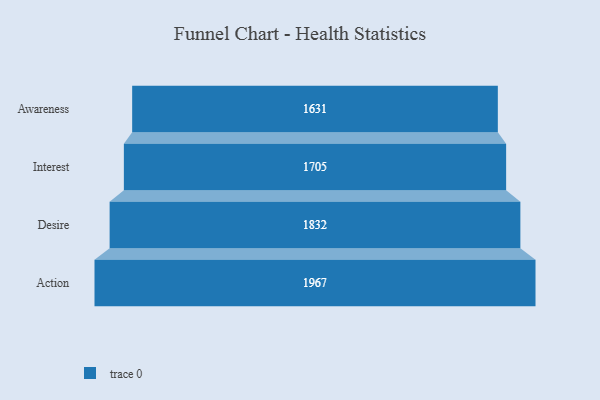
{"axis": {"x": "Stage", "y": "Value"}, "legend": [""], "data": [{"x": "Awareness", "y": 1631.0, "type": ""}, {"x": "Interest", "y": 1705.0, "type": ""}, {"x": "Desire", "y": 1832.0, "type": ""}, {"x": "Action", "y": 1967.0, "type": ""}]}